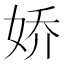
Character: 娇